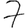
Digit: 7